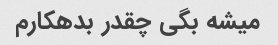
میشه بگی چقدر بدهکارم